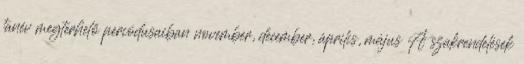
tanév megterhelő periódusaiban november, december, április, május A szakrendelések